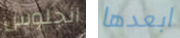
انجلوس ابعدها